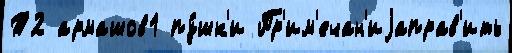
Т2 армашов1 пу́шк'и Пр'им'ечан'иjаправ'ить